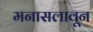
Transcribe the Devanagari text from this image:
मनासलावून